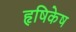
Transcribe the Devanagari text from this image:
हृषिकेष